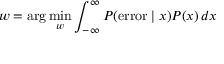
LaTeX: w = \arg \operatorname* { m i n } _ { w } \int _ { - \infty } ^ { \infty } P ( { \mathrm { e r r o r } } \mid x ) P ( x ) \, d x